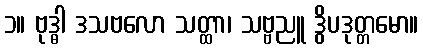
၁။ ဗုဒ္ဓါ ဒသဗလော သတ္ထာ၊ သဗ္ဗညူ ဒွိပဒုတ္တမော။